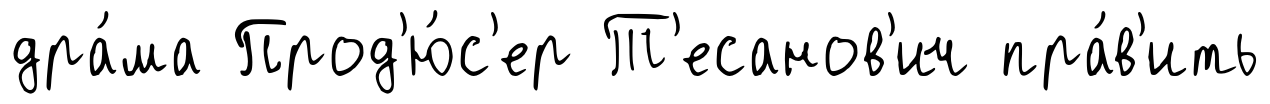
дра́ма Прод'ю́с'ер Т'есанов'ич пра́в'ить